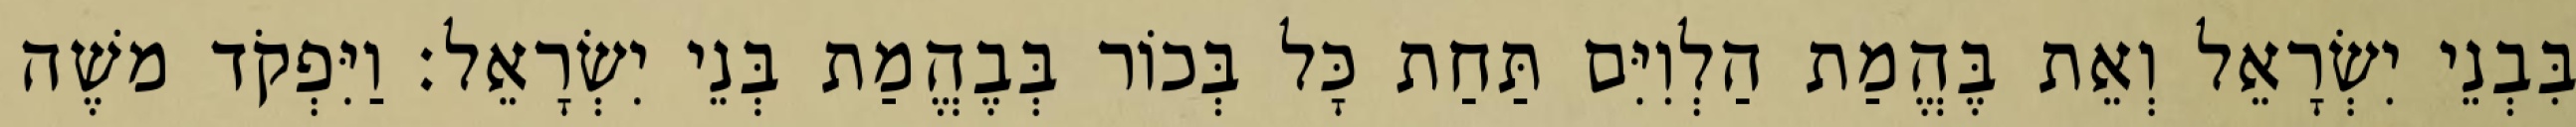
בִּבְנֵי יִשְׂרָאֵל וְאֵת בֶּהֱמַת הַלְוִיִּם תַּחַת כָּל בְּכוֹר בְּבֶהֱמַת בְּנֵי יִשְׂרָאֵל׃ וַיִּפְקֹד משֶׁה